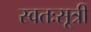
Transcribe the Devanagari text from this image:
स्वतःसूत्री